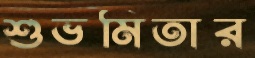
শুভমিতার